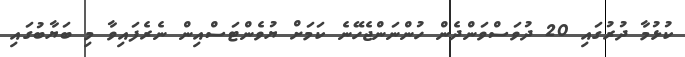
ކުޅުމާ ދުރުގައި 20 ދުވަސްވަންދެން ހުންނަންޖެހޭނެ ކަމަށް ޔުވެންޓަސްއިން ނެރެފައިވާ މި ބަޔާބުގައި